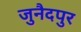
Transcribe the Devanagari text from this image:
जुनैदपुर